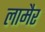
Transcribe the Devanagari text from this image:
लामैर